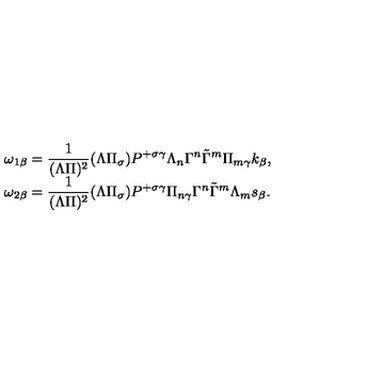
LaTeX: \begin{array} { l } { \omega _ { 1 \beta } = \displaystyle \frac 1 { ( \Lambda \Pi ) ^ { 2 } } ( \Lambda \Pi _ { \sigma } ) P ^ { + \sigma \gamma } \Lambda _ { n } \Gamma ^ { n } \tilde { \Gamma } ^ { m } \Pi _ { m \gamma } k _ { \beta } , } \\ { \omega _ { 2 \beta } = \displaystyle \frac 1 { ( \Lambda \Pi ) ^ { 2 } } ( \Lambda \Pi _ { \sigma } ) P ^ { + \sigma \gamma } \Pi _ { n \gamma } \Gamma ^ { n } \tilde { \Gamma } ^ { m } \Lambda _ { m } s _ { \beta } . } \\ \end{array}